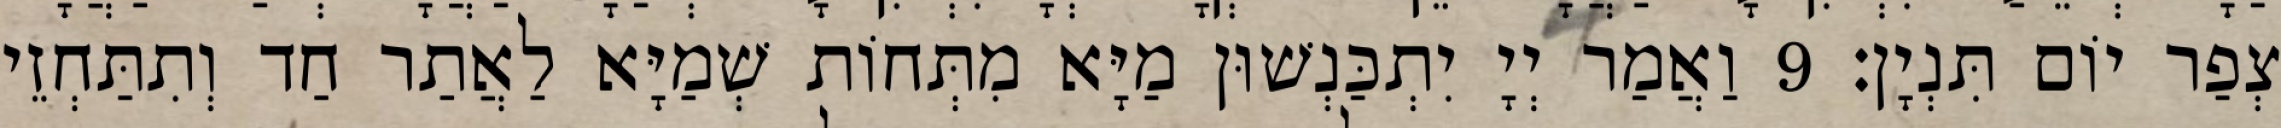
צְפַר יוֹם תִּנְיָן׃ 9 וַאֲמַר יְיָ יִתְכַּנְשׁוּן מַיָּא מִתְּחוֹת שְׁמַיָּא לַאֲתַר חַד וְתִתַּחְזֵי